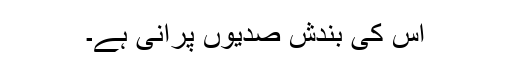
اس کی بندش صدیوں پرانی ہے۔